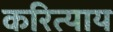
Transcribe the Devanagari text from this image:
करित्याय